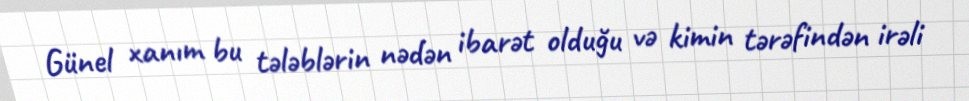
Günel xanım bu tələblərin nədən ibarət olduğu və kimin tərəfindən irəli